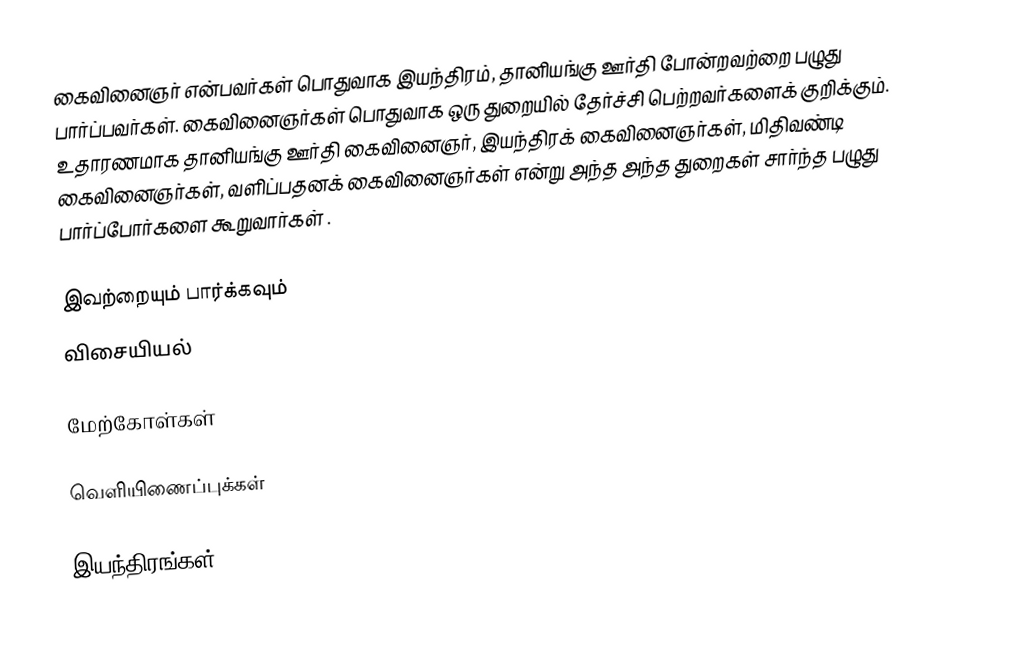
கைவினைஞர் என்பவர்கள் பொதுவாக இயந்திரம், தானியங்கு ஊர்தி போன்றவற்றை பழுது பார்ப்பவர்கள். கைவினைஞர்கள் பொதுவாக ஒரு துறையில் தேர்ச்சி பெற்றவர்களைக் குறிக்கும். உதாரணமாக  தானியங்கு ஊர்தி கைவினைஞர், இயந்திரக் கைவினைஞர்கள், மிதிவண்டி கைவினைஞர்கள், வளிப்பதனக் கைவினைஞர்கள் என்று அந்த அந்த துறைகள் சார்ந்த பழுது பார்ப்போர்களை கூறுவார்கள் .

இவற்றையும் பார்க்கவும்
விசையியல்

மேற்கோள்கள்

வெளியிணைப்புக்கள்

இயந்திரங்கள்